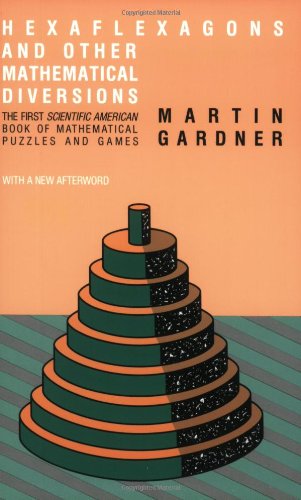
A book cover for Hexaflexagons and Other Mathematical Diversions: The First 'Scientific American' Book of Puzzles and Games; Martin Gardner; Science Fiction & Fantasy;